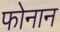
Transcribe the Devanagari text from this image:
फोनान